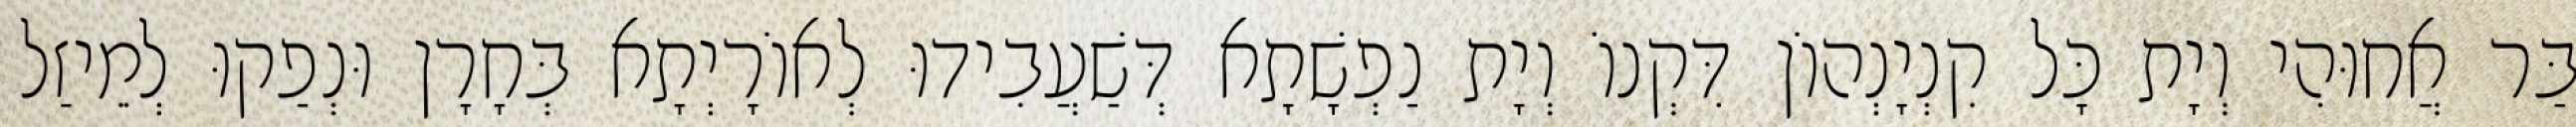
בַּר אֲחוּהִי וְיָת כָּל קִנְיָנְהוֹן דִּקְנוֹ וְיָת נַפְשָׁתָא דְּשַׁעֲבִידוּ לְאוֹרָיְתָא בְּחָרָן וּנְפַקוּ לְמֵיזַל